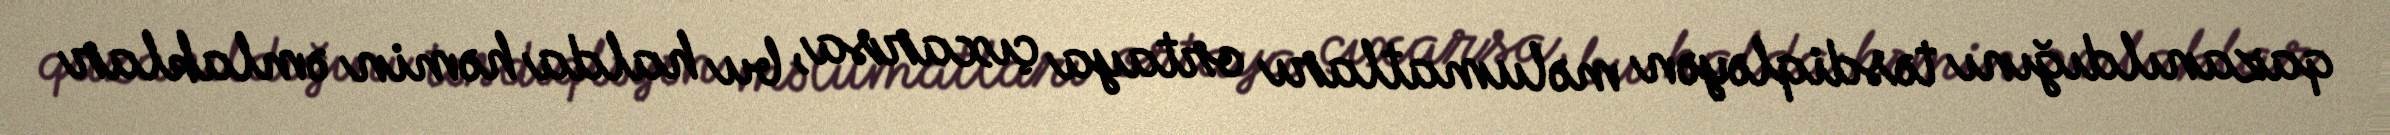
qazanıldığını təsdiqləyən məlumatları ortaya çıxarsa, bu halda həmin əmlaklar